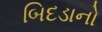
બિદડાનો